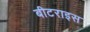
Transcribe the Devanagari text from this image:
बीटराइस